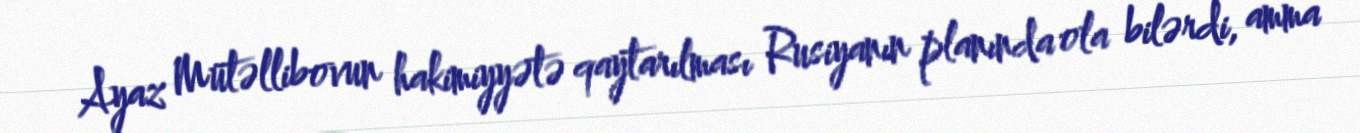
Ayaz Mütəllibovun hakimiyyətə qaytarılması Rusiyanın planında ola bilərdi, amma